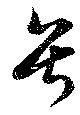
号